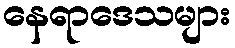
နေရာဒေသများ